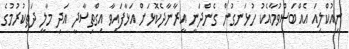
ނިއުކްލިއަ އެއްބަސްވުމާއެކު ހުޅަނގުން ގެންދަނީ އީރާނާދެކޮޅަށް އަޅާފައިވާ އިގްތިސާދީ އަދި މާލީ ދަތިކުރުމުގެ